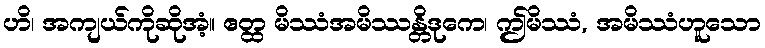
ဟိ၊ အကျယ်ကိုဆိုအံ့။ ဧတ္ထ မိဿံအမိဿန္တိဒုကေ၊ ဤမိဿံ, အမိဿံဟူသော